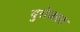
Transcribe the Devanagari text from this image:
युरोजस्ट